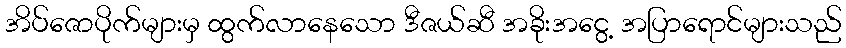
အိပ်ဇောပိုက်များမှ ထွက်လာနေသော ဒီဇယ်ဆီ အခိုးအငွေ့ အပြာရောင်များသည်